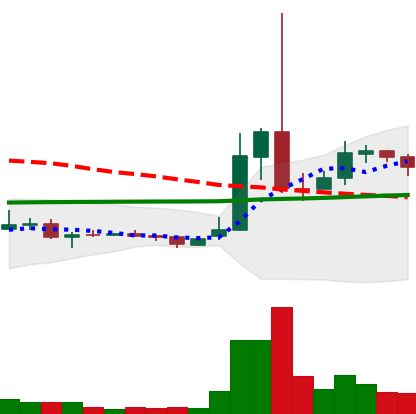
Ticker: XRP-USD
Chart end date: 2021-02-07
Forward return: 45.611%
Label: up_7plus